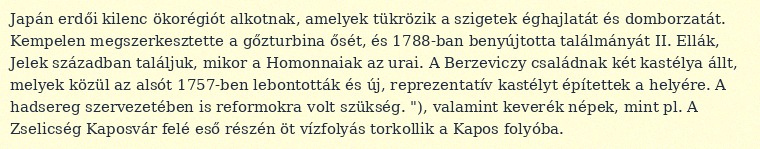
Japán erdői kilenc ökorégiót alkotnak, amelyek tükrözik a szigetek éghajlatát és domborzatát. Kempelen megszerkesztette a gőzturbina ősét, és 1788-ban benyújtotta találmányát II. Ellák, Jelek században találjuk, mikor a Homonnaiak az urai. A Berzeviczy családnak két kastélya állt, melyek közül az alsót 1757-ben lebontották és új, reprezentatív kastélyt építettek a helyére. A hadsereg szervezetében is reformokra volt szükség. "), valamint keverék népek, mint pl. A Zselicség Kaposvár felé eső részén öt vízfolyás torkollik a Kapos folyóba.